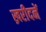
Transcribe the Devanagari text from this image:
ख्ररीदनें